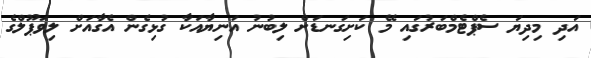
އަދި މިދިޔަ ސެޕްޓެމްބަރުގައި މޭ ކަށިގަނޑަށް ލިބުނު އަނިޔާއަކާ ގުޅިގެން އެގާއަށް ލިވަޕޫލްގެ